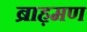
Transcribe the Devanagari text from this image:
ब्राह़मण